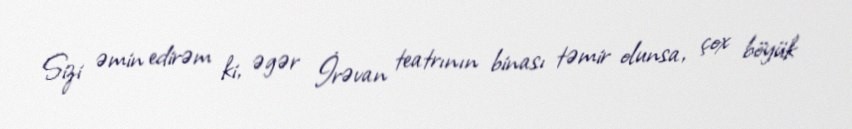
Sizi əmin edirəm ki, əgər İrəvan teatrının binası təmir olunsa, çox böyük